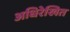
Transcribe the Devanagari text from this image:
अधिरेखित